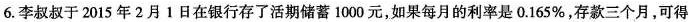
6.李叔叔于2015年2月1日在银行存了活期储蓄1000元，如果每月的利率是0.165%，存款三个月，可得